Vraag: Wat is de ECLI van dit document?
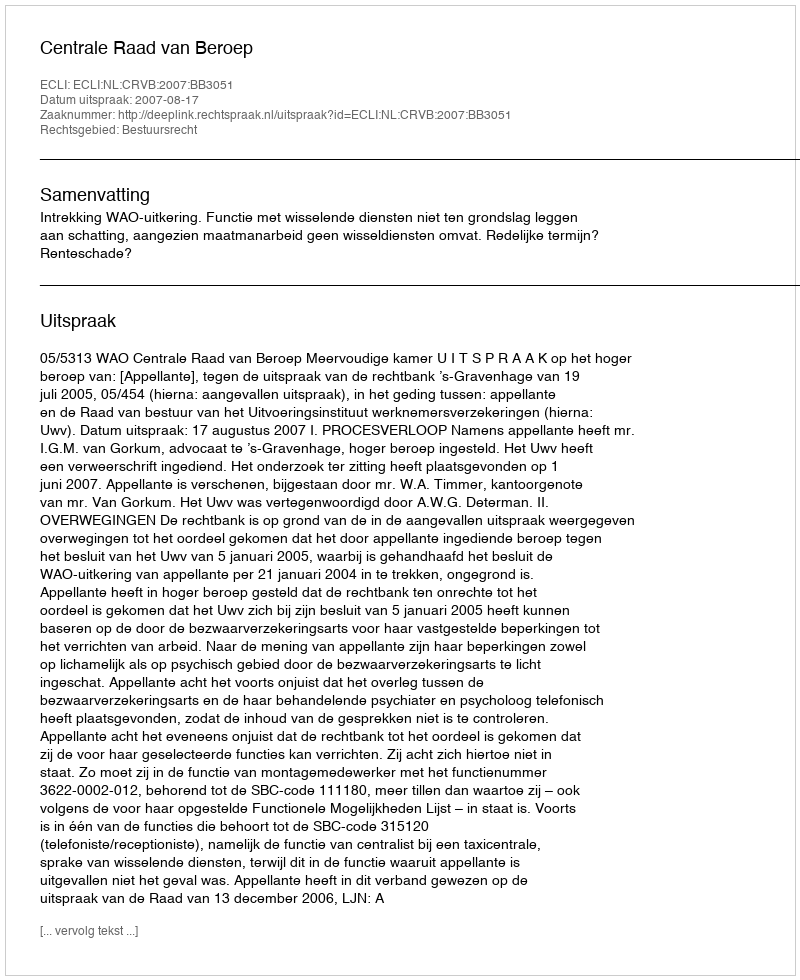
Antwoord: ECLI:NL:CRVB:2007:BB3051